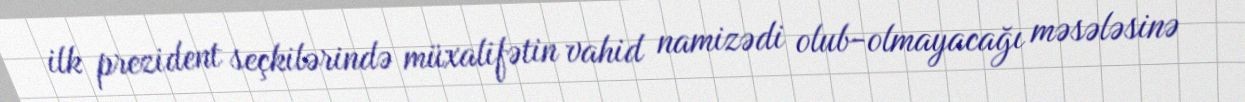
ilk prezident seçkilərində müxalifətin vahid namizədi olub-olmayacağı məsələsinə